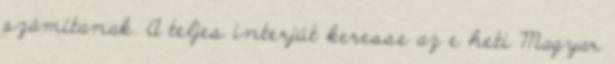
számítanak. A teljes interjút keresse az e heti Magyar